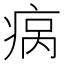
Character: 𬏮